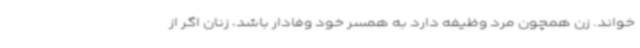
خواند. زن همچون مرد وظیفه دارد به همسر خود وفادار باشد، زنان اگر از